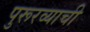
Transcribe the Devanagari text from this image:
पुरूरव्याची